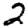
Digit: 2